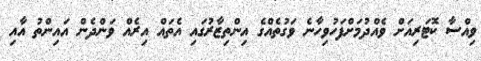
ވިއްސާ ކޮޓަރިއަށް ވެއްދުމަށްފަހުވިހާނެ ވަގުތެއްގެ އިންތިޒާރުގައި އެތައް އިރެއް ވަންދެން އައިންތު އާއި